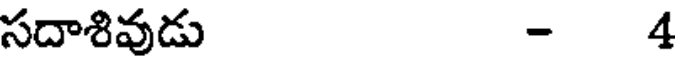
సదాశివుడు - 4